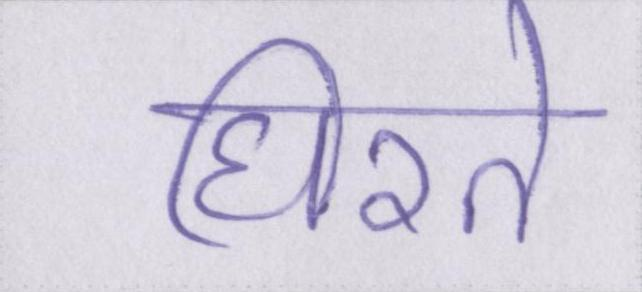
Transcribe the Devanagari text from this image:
घिरते